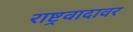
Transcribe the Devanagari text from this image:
राष्ट्रवादावर